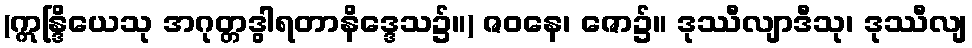
(ဣန္ဒြိယေသု အဂုတ္တဒွါရတာနိဒ္ဒေသ၌။) ဇဝနေ၊ ဇော၌။ ဒုဿီလျာဒီသု၊ ဒုဿီလျ